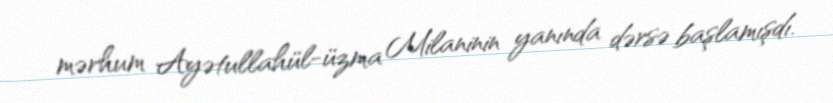
mərhum Ayətullahül-üzma Milaninin yanında dərsə başlamışdı.